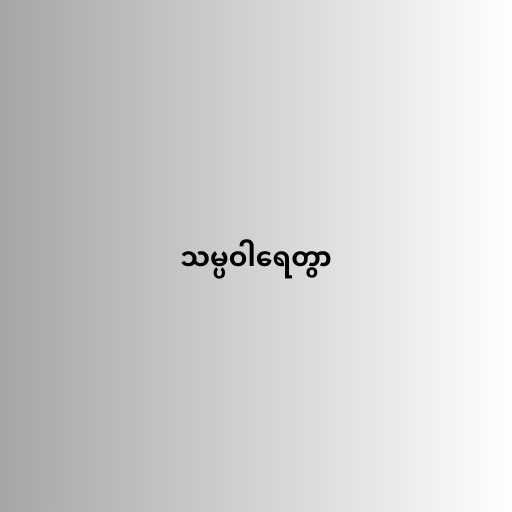
သမ္ပဝါရေတွာ